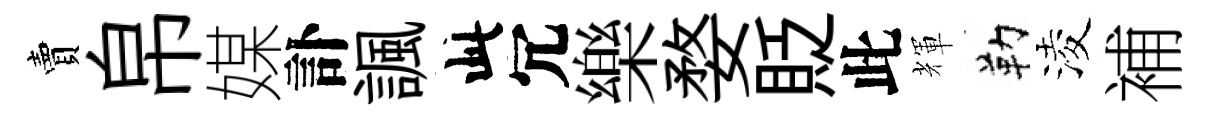
賣帛媒訃諷此冗樂婺貶此輝勒淩補